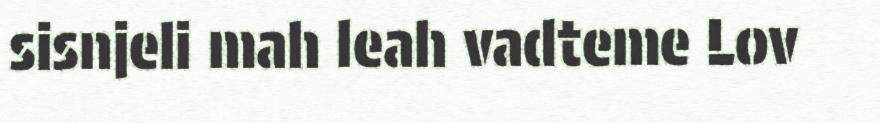
sisnjeli mah leah vadteme Lov